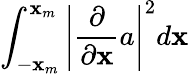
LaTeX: \int_{-\mathbf{x}_{m}}^{\mathbf{x}_{m}}\left|\frac{{\partial}}{{\partial\mathbf{x}}}a\right|^{2}d\mathbf{x}